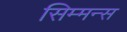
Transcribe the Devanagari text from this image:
सिम्मन्स